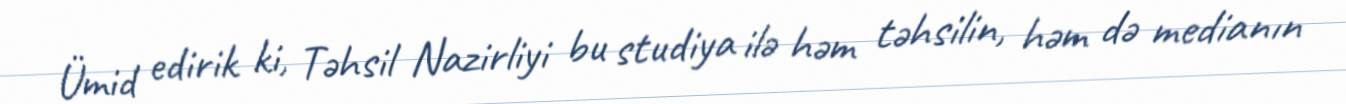
Ümid edirik ki, Təhsil Nazirliyi bu studiya ilə həm təhsilin, həm də medianın